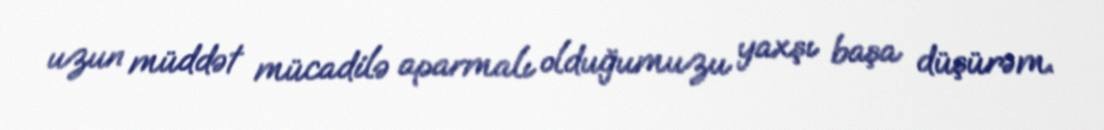
uzun müddət mücadilə aparmalı olduğumuzu yaxşı başa düşürəm.